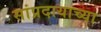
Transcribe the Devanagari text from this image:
सांप्रदायाच्या